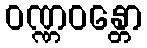
ဝဏ္ဏဝန္တော